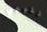
أنتبهي